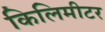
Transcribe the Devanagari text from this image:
किलिमीटर